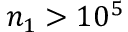
n _ { 1 } > 1 0 ^ { 5 }